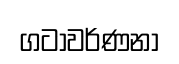
ගටාවර්ණනා